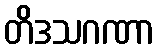
တိဒသဂဏာ